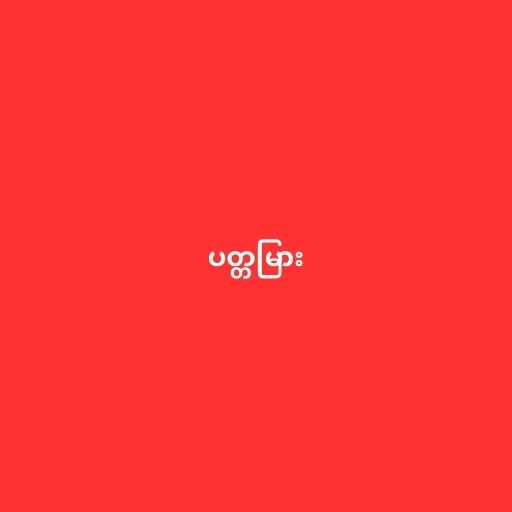
ပတ္တမြား